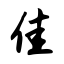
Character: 佳